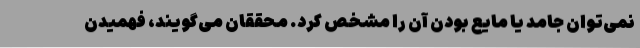
نمی‌توان جامد یا مایع بودن آن را مشخص کرد. محققان می‌گویند، فهمیدن